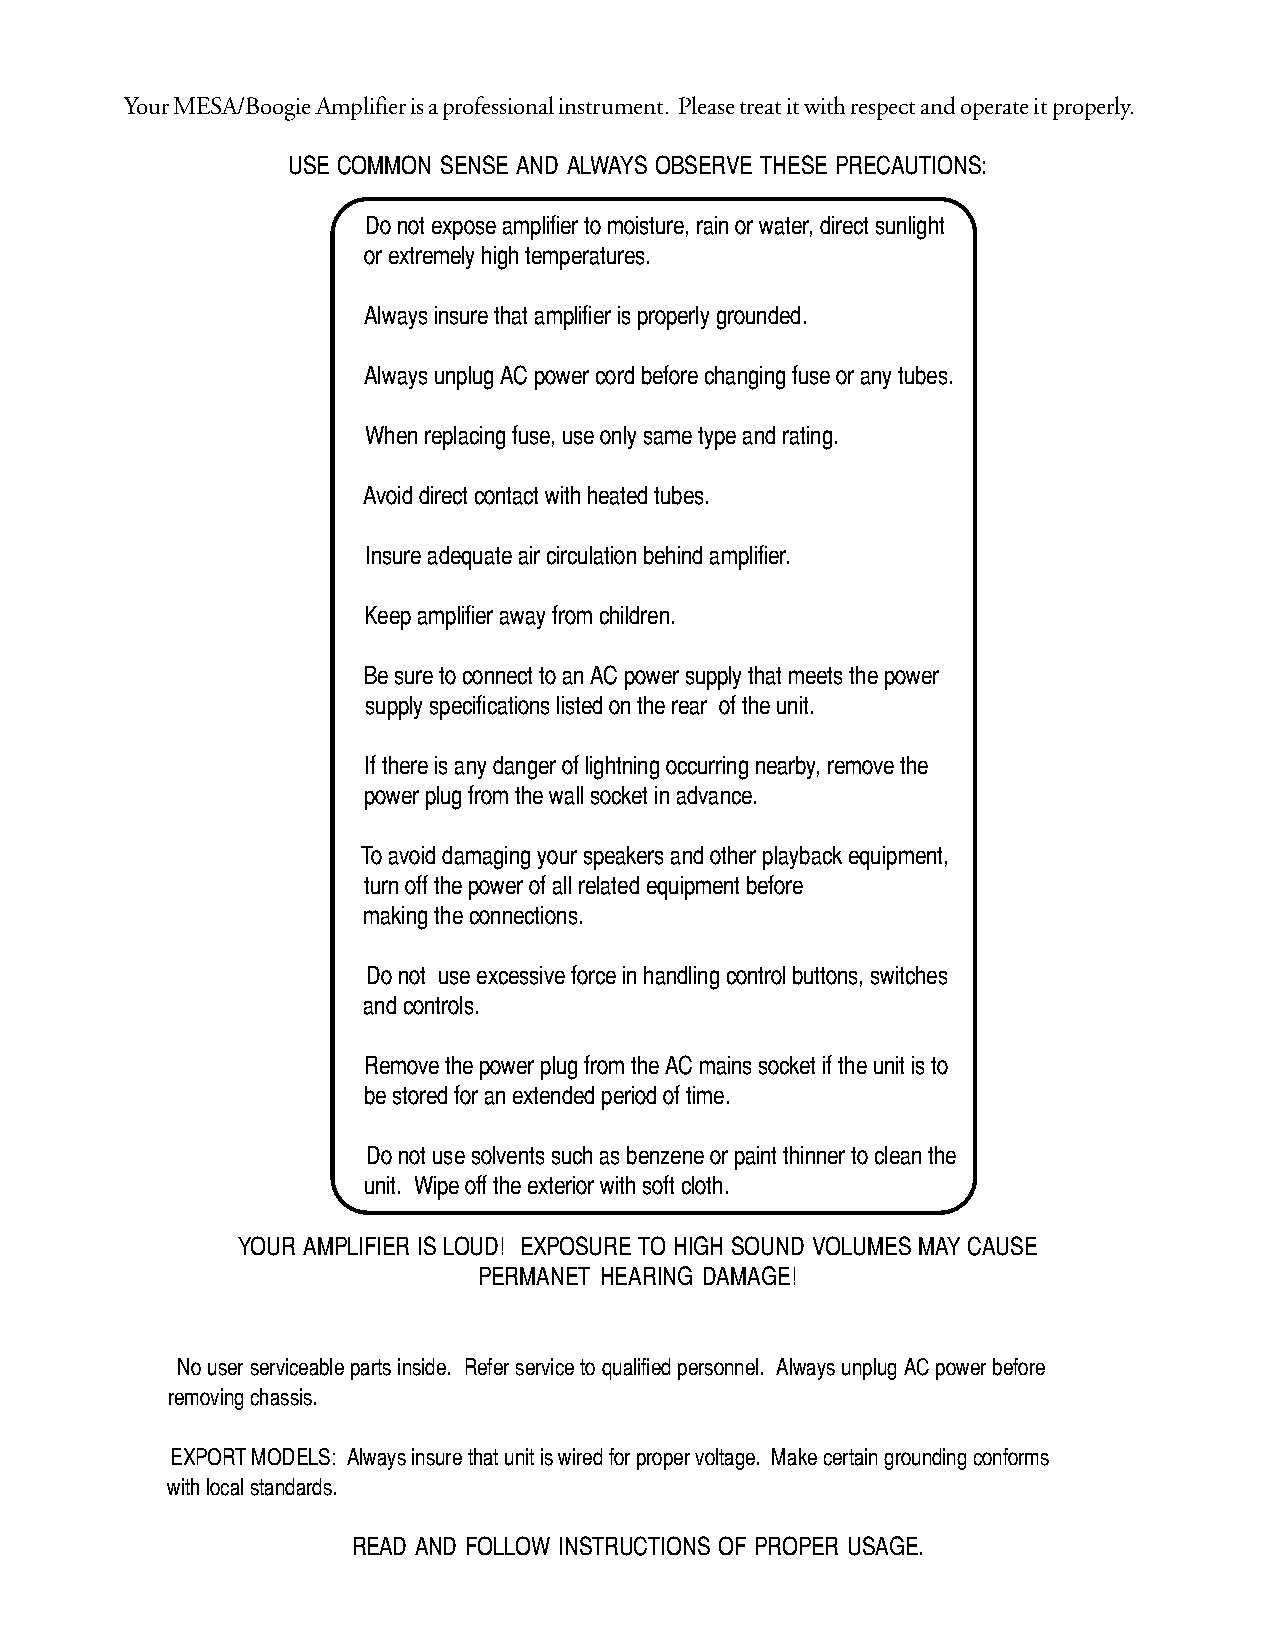
Your MESA/Boogie Amplifier is a professional instrument. Please treat it with respect and operate it properly.
 USE COMMON SENSE AND ALWAYS OBSERVE THESE PRECAUTIONS:
 Do not expose amplifier to moisture, rain or water, direct sunlight
 or extremely high temperatures.
 Always insure that amplifier is properly grounded.
 Always unplug AC power cord before changing fuse or any tubes.
 When replacing fuse, use only same type and rating.
 Avoid direct contact with heated tubes.
 Insure adequate air circulation behind amplifier.
 Keep amplifier away from children.
 Be sure to connect to an AC power supply that meets the power
 supply specifications listed on the rear of the unit.
 If there is any danger of lightning occurring nearby, remove the
 power plug from the wall socket in advance.
 To avoid damaging your speakers and other playback equipment,
 turn off the power of all related equipment before
 making the connections.
 Do not use excessive force in handling control buttons, switches
 and controls.
 Remove the power plug from the AC mains socket if the unit is to
 be stored for an extended period of time.
 Do not use solvents such as benzene or paint thinner to clean the
 unit. Wipe off the exterior with soft cloth.
 YOUR AMPLIFIER IS LOUD! EXPOSURE TO HIGH SOUND VOLUMES MAY CAUSE
 PERMANET HEARING DAMAGE!
 No user serviceable parts inside. Refer service to qualified personnel. Always unplug AC power before
 removing chassis.
 EXPORT MODELS: Always insure that unit is wired for proper voltage. Make certain grounding conforms
 with local standards.
 READ AND FOLLOW INSTRUCTIONS OF PROPER USAGE.